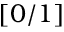
[ 0 / 1 ]